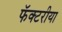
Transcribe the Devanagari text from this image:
फॅक्टरीया